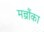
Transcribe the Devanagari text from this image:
मन्त्रौंका